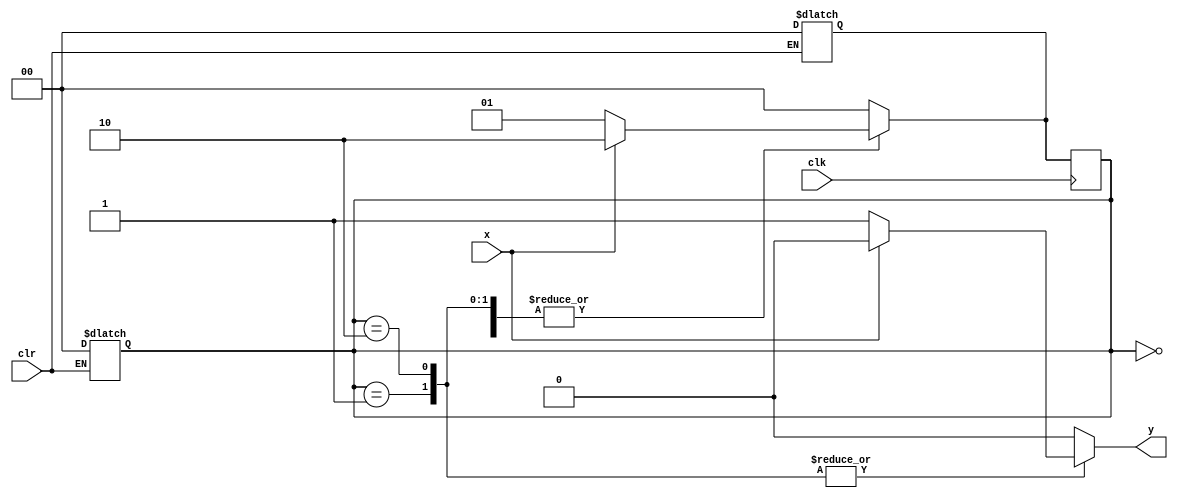
module seq_detect_moore 
  (
    output reg y,   // output y, single bit
    input x,    // input x, single bit
    input clk,  // input clock signal
    input clr   // input clear, active low
  );

  parameter S0 = 0, S1 = 1, S2 = 2;  // FSM has 3 states
  reg [1:0] state, next_state; // To store 3 states, we need a 2 bit registers  

  always @(clr) begin
    if(clr==0) begin
      state <= S0;
      next_state <= S0;
    end
  end

  always @(posedge clk)begin
    state <= next_state;
  end

  always @(x,state)begin
    case (state)
      S0: begin
        if( x == 0 ) begin
          y = 0;
          next_state = S1;
        end
        else begin
          y = 0 ;
          next_state = S2;
        end
      end
      S1: begin
        if( x == 0 ) begin
          y = 1;
          next_state = S1;
        end
        else begin
          y = 0 ;
          next_state = S2;
        end
      end
      S2: begin
        if( x == 0 ) begin
          y = 1;
          next_state = S1;
        end
        else begin
          y = 0 ;
          next_state = S2;
        end
      end
      default: begin 
        y = 0;
        next_state = S0;
      end
    endcase
  end

endmodule